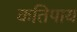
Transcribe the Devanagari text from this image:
कतिपाय